Report of the King Institute of Preventive Medicine, Guindy
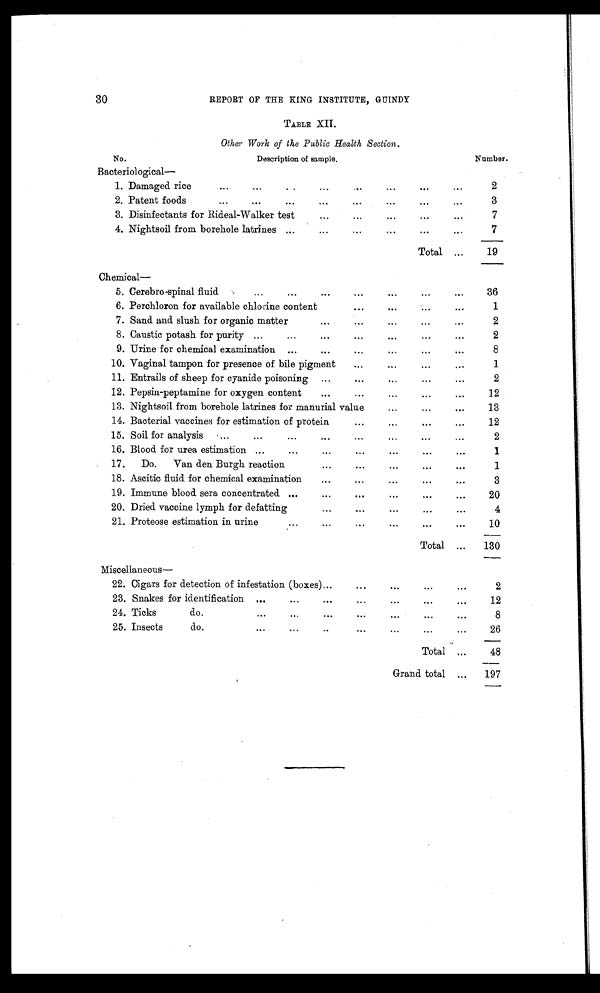
30
REPORT OF THE KING INSTITUTE, GUINDY
TABLE XII.
Other Work of the Public Health Section .
No.
Number.
1.
2
2.
3
3 .
7
4 .
7
19
36
1
2
2
8
1
2
12
13
12
2
1
1
3
20
4
1 0
130
2 2 .
2
2 3 .
12
2 4 .
8
25.
26
48